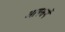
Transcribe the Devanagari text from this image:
आपसमें